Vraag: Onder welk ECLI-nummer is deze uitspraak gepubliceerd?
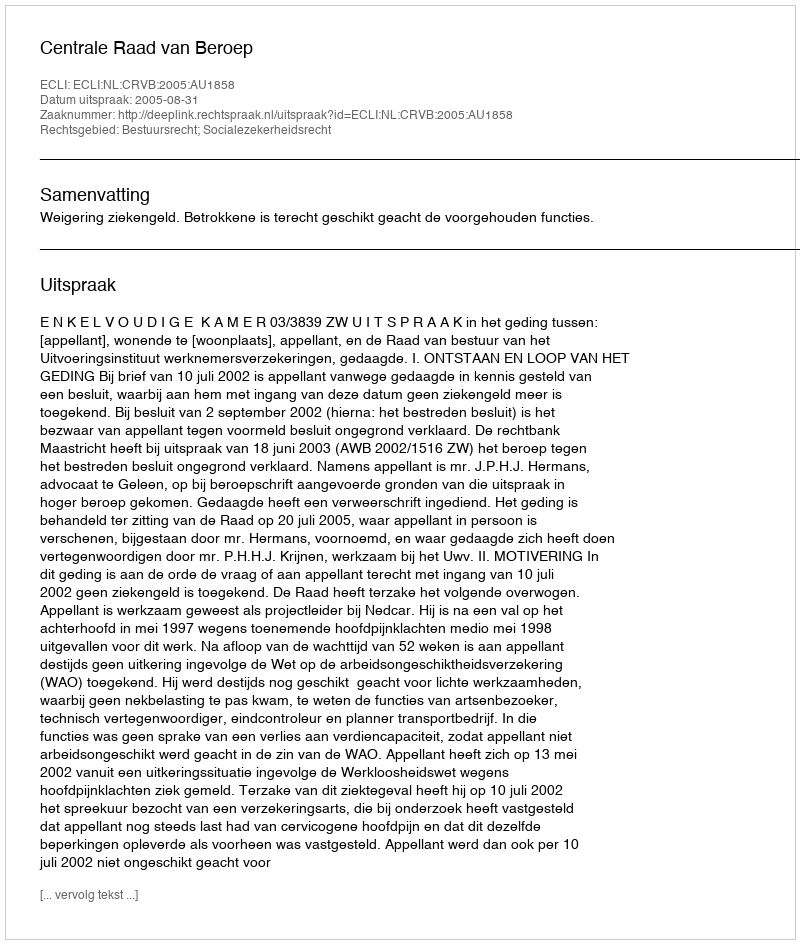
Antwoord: ECLI:NL:CRVB:2005:AU1858